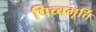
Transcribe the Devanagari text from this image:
पिच्चमूर्त्ति